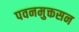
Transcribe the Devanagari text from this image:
पवनमुक्तसन